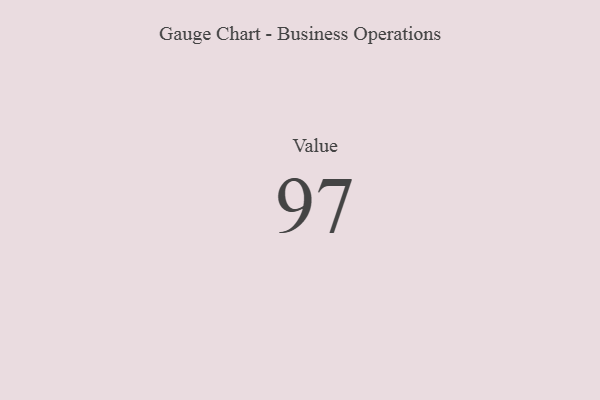
{"axis": {"x": "Metric", "y": "Value"}, "legend": [""], "data": [{"x": "Value", "y": 97, "type": ""}]}